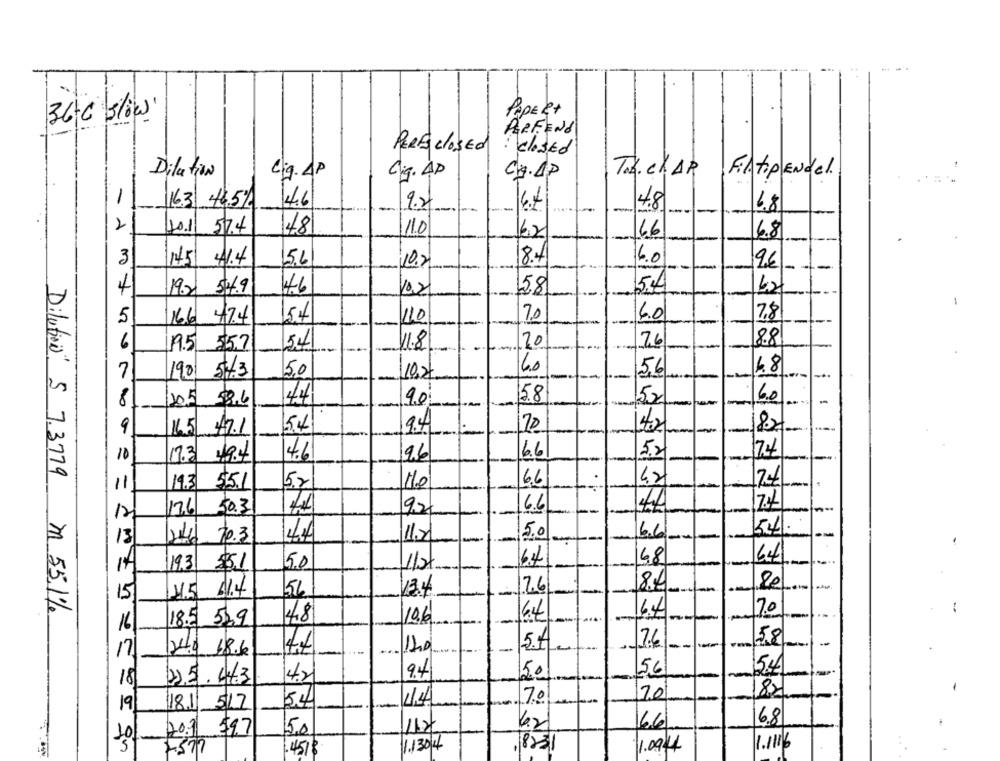
PAPER+
36 6 slow
PERFENd
PERS closed
: closed
Dilation
Lig. AP
Ciq.AP
CA.AP
Tod. c.AP
FintPENdel
1
16.3 46.5%
146
9.2
4.8
6.8
--
--
2
48
10.1 57.4
110
162
66
6.8
3
14.5
41.4
5.6
10.20
8.4
6.0
9.€
4
19.2
58
5.A
421
4.6
10.21
-
5
16.6 47.4
15.4
110
7.0
6.0
7.8
20
7.6
88
6
19.5 $57
54
1.8
7
5,0
60
56
4.8
1901
5/3
10.26
8
10.5 58.6
4
90
58
5,2
6.0
-
54
9.4
70
9
16.5
47.1
42
82
10
17.3 19.4
4.6
2.6
6.6
5.2
7.4
11
14.3
$5.1
5,2
110
6.6
176
50.3
9.20
6.6
44
7.4
54
70.3
4.4
11.2
5.0
6.6
16.4
48
64
19.3
$5.1
5.0
112
8.4
80
1.5 41.4
56
13.4
26
Dilution: 5 7.3779 m 55.1%
6.4
7.0
18.5 52.9
4.8
10.6
6.4
5.A
7.6
58
24.0 18.6
44
-.
54
9.4
50
5.6
18
2.5. 443
4.2
82
17.0
2.0
19
181 517
54
6.8
20.3 $9.7
6.2
6.6
10
5.0
In thunbGS - HEheSEEMS
1.130/4
,823
1.1116
.451$